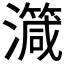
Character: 𱩺